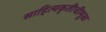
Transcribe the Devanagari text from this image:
साहित्यकृतीचीमूळ